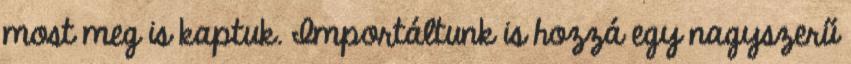
most meg is kaptuk. Importáltunk is hozzá egy nagyszerű